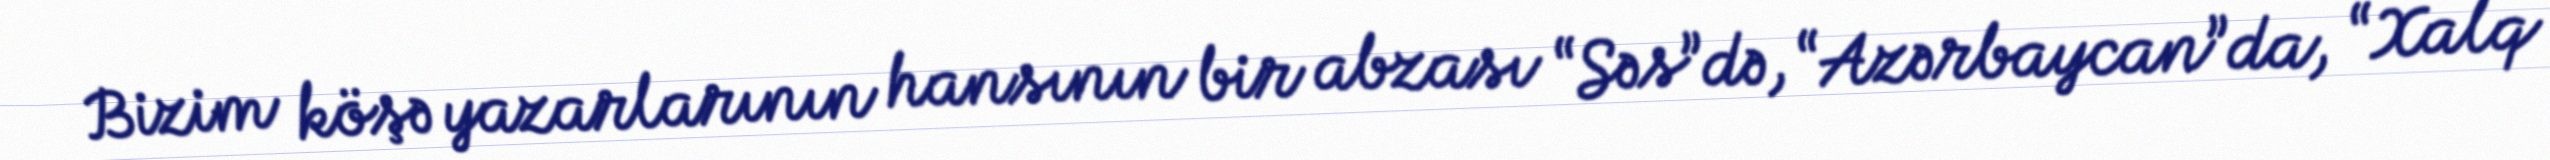
Bizim köşə yazarlarının hansının bir abzası “Səs”də, “Azərbaycan”da, “Xalq